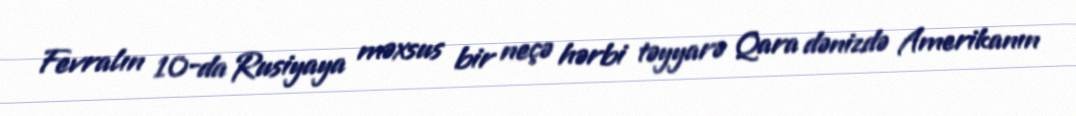
Fevralın 10-da Rusiyaya məxsus bir neçə hərbi təyyarə Qara dənizdə Amerikanın